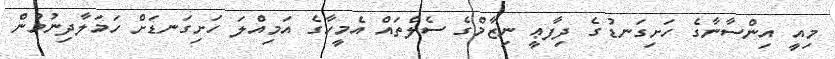
މިއީ އިންސާނާގެ ހަށިގަނޑުގެ ދިފާޢީ ނިޒާމްގެ ސެލްތައް އެމީހާގެ އަމިއްލަ ހަށިގަނޑަށް ހަމަލާދިނުމުން